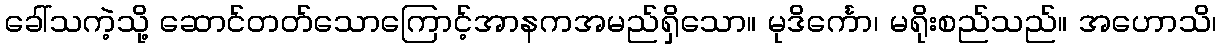
ခေါ်သကဲ့သို့ ဆောင်တတ်သောကြောင့်အာနကအမည်ရှိသော။ မုဒိင်္ကော၊ မရိုးစည်သည်။ အဟောသိ၊